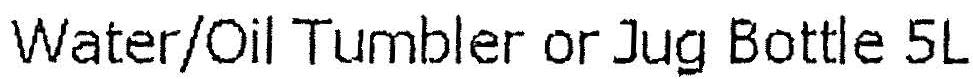
WATER/OIL TUMBLER OR JUG BOTTLE 5L